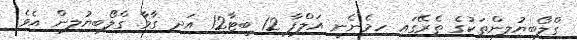
ގްލޯބިޔުލިންތަކުގެ ތެރޭގައި ހިމެނެނީ އަލްފާ 12 ބީޓާ12 އަދި ގާމާ ގްލޯބިޔުލިން އެވެ.